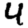
Digit: 4